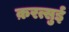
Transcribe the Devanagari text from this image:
क़रत्सुई